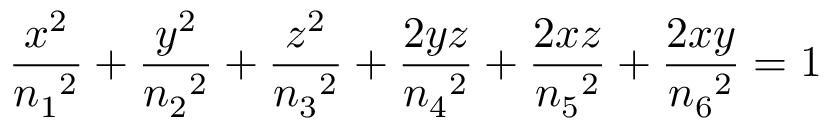
\frac { x ^ { 2 } } { n { _ 1 } { ^ 2 } } + \frac { y ^ { 2 } } { n { _ 2 } { ^ 2 } } + \frac { z ^ { 2 } } { n { _ 3 } { ^ 2 } } + \frac { 2 y z } { n { _ 4 } { ^ 2 } } + \frac { 2 x z } { n { _ 5 } { ^ 2 } } + \frac { 2 x y } { n { _ 6 } { ^ 2 } } = 1